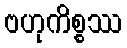
ဗဟုကိစ္စဿ